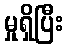
မှုရှိပြီး